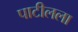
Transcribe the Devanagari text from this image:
पाटीलला